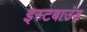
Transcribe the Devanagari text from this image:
इस्टबाउंड